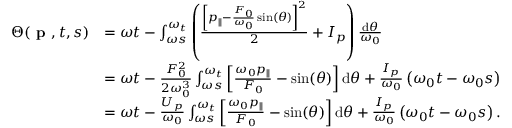
\begin{array} { r l } { \Theta ( \textbf { p } , t , s ) } & { = \omega t - \int _ { \omega s } ^ { \omega _ { t } } \left( \frac { \left[ p _ { \| } - \frac { F _ { 0 } } { \omega _ { 0 } } \sin ( \theta ) \right] ^ { 2 } } { 2 } + I _ { p } \right) \frac { \mathrm { d } \theta } { \omega _ { 0 } } } \\ & { = \omega t - \frac { F _ { 0 } ^ { 2 } } { 2 \omega _ { 0 } ^ { 3 } } \int _ { \omega s } ^ { \omega _ { t } } \left[ \frac { \omega _ { 0 } p _ { \| } } { F _ { 0 } } - \sin ( \theta ) \right] \mathrm { d } \theta + \frac { I _ { p } } { \omega _ { 0 } } \left( \omega _ { 0 } t - \omega _ { 0 } s \right) } \\ & { = \omega t - \frac { U _ { p } } { \omega _ { 0 } } \int _ { \omega s } ^ { \omega _ { t } } \left[ \frac { \omega _ { 0 } p _ { \| } } { F _ { 0 } } - \sin ( \theta ) \right] \mathrm { d } \theta + \frac { I _ { p } } { \omega _ { 0 } } \left( \omega _ { 0 } t - \omega _ { 0 } s \right) . } \end{array}